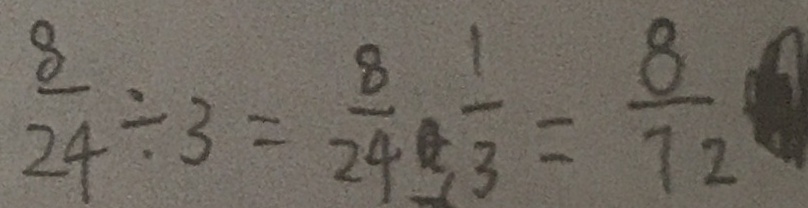
\frac { 8 } { 2 4 } \div 3 = \frac { 8 } { 2 4 } \times \frac { 1 } { 3 } = \frac { 8 } { 7 2 }